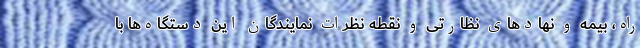
راه، بیمه و نهادهای نظارتی و نقطه نظرات نمایندگان این دستگاه‌ها با